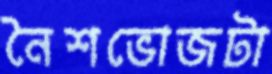
নৈশভোজটা